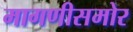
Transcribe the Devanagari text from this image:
मागणीसमोर